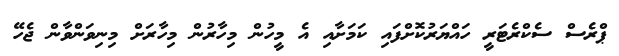
ޕްރެސް ސެކްރެޓަރީ ހައްޔަރުކޮށްފައި ކަމަށާއި އެ މީހުން މިހާރުން މިހާރަށް މިނިވަންވާން ޖެހޭ